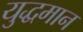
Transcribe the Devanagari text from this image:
युद्धमान